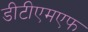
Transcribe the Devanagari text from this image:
डीटीएमएफ